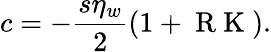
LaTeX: c=-\frac{s\eta_{w}}{2}(1+\mathrm{~R~K~}).